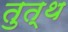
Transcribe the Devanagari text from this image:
तुत्थ